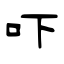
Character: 吓